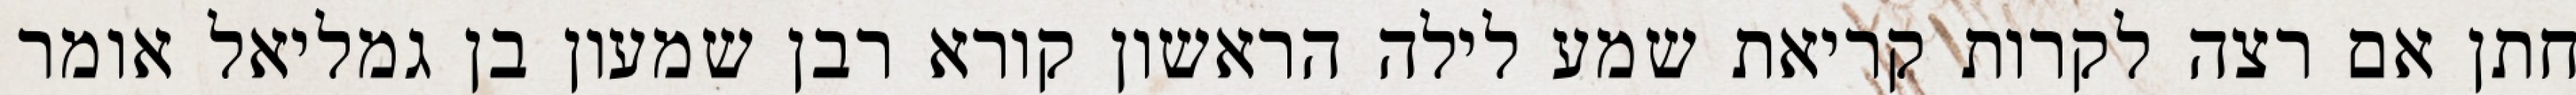
חתן אם רצה לקרות קריאת שמע לילה הראשון קורא רבן שמעון בן גמליאל אומר